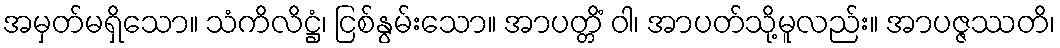
အမှတ်မရှိသော။ သံကိလိဋ္ဌံ၊ ငြစ်နွမ်းသော။ အာပတ္တိံ ဝါ၊ အာပတ်သို့မူလည်း။ အာပဇ္ဇဿတိ၊